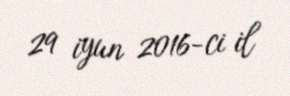
29 iyun 2016-ci il